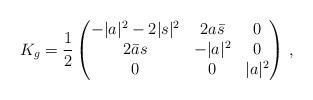
LaTeX: \begin{align*}\begin{aligned}K_g=\frac 12\left( \begin{matrix}-|a|^2-2|s|^2 & 2a\bar s & 0 \\2\bar as& -|a|^2 & 0\\0 & 0& |a|^2\end{matrix}\right)\,,\end{aligned}\end{align*}